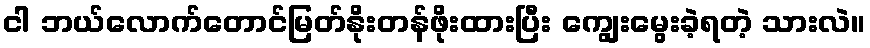
ငါ ဘယ်လောက်တောင်မြတ်နိုးတန်ဖိုးထားပြီး ကျွေးမွေးခဲ့ရတဲ့ သားလဲ။